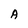
Character: A